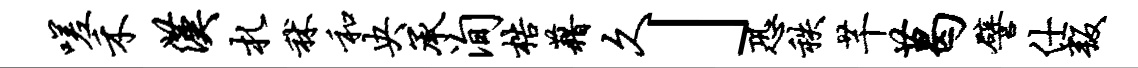
嗟禾汉札秫和央承洵梏藉久」恐秩芊葛譬仕叛